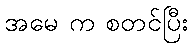
အမေ က စတင်ပြီး